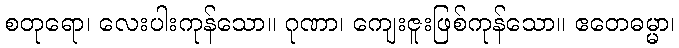
စတုရော၊ လေးပါးကုန်သော။ ဂုဏာ၊ ကျေးဇူးဖြစ်ကုန်သော။ ဧတေဓမ္မာ၊